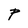
Character: P